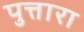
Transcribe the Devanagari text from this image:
पुत्तारा